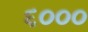
૬૦૦૦